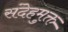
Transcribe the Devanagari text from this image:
संदेहमुक्त